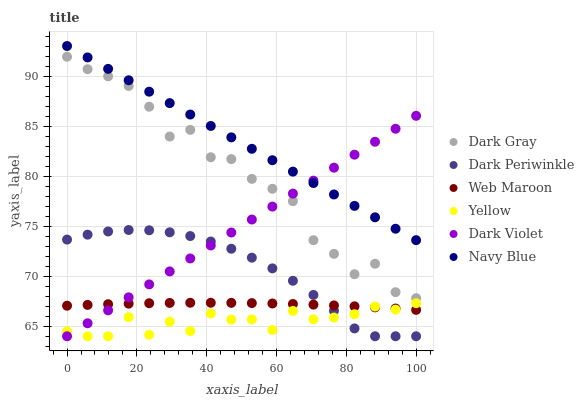
| xaxis_label | Dark Gray | Dark Periwinkle | Web Maroon | Yellow | Dark Violet | Navy Blue |
 | --- | --- | --- | --- | --- | --- | --- |
 | 0 | 91.9 | 73.7 | 67.1 | 64.5 | 64 | 93 |
 | 5.88 | 90.7 | 74.2 | 67.1 | 64 | 65.3 | 91.9 |
 | 11.8 | 90 | 74.5 | 67.2 | 64 | 66.6 | 90.7 |
 | 17.6 | 89 | 74.6 | 67.3 | 65.9 | 67.9 | 89.6 |
 | 23.5 | 86.9 | 74.6 | 67.3 | 64.1 | 69.2 | 88.4 |
 | 29.4 | 84 | 74.4 | 67.3 | 65.5 | 70.5 | 87.3 |
 | 35.3 | 84.6 | 74 | 67.3 | 64.5 | 71.8 | 86.2 |
 | 41.2 | 81.9 | 73.5 | 67.3 | 66.3 | 73.1 | 85 |
 | 47.1 | 81.7 | 72.7 | 67.3 | 65.7 | 74.4 | 83.9 |
 | 52.9 | 79.7 | 71.9 | 67.3 | 65.7 | 75.7 | 82.7 |
 | 58.8 | 78.7 | 70.8 | 67.3 | 64.6 | 77 | 81.6 |
 | 64.7 | 77.5 | 69.5 | 67.2 | 66.5 | 78.3 | 80.4 |
 | 70.6 | 73.6 | 68.1 | 67.2 | 65.7 | 79.5 | 79.3 |
 | 76.5 | 72.2 | 66.5 | 67.1 | 65.9 | 80.8 | 78.2 |
 | 82.4 | 70.2 | 64.8 | 67 | 66.2 | 82.1 | 77 |
 | 88.2 | 71.2 | 64 | 66.9 | 67 | 83.4 | 75.9 |
 | 94.1 | 68.4 | 64 | 66.8 | 66.7 | 84.7 | 74.7 |
 | 100 | 67.8 | 64 | 66.6 | 67.3 | 86 | 73.6 |